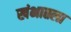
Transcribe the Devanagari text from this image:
खंभातला